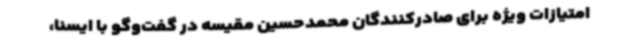
امتیازات ویژه برای صادرکنندگان محمدحسین مقیسه در گفت‌وگو با ایسنا،